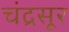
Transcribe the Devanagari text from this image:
चंद्रसूर